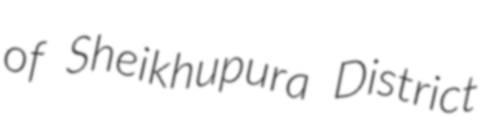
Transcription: of Sheikhupura District